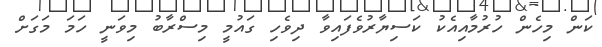
ކަން މިހެން ހުރުމާއިއެކު ކަސިޔާރުވެފައިވާ ދިވެހި ގައުމީ މިސްރާބު މިވަނީ ހަމަ މަގަށް